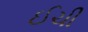
ઈચી